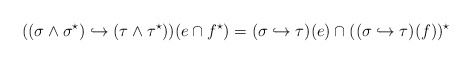
\begin{align*}((\sigma\land\sigma^\star)\hookrightarrow(\tau\land\tau^\star))(e\cap f^\star)=(\sigma\hookrightarrow\tau)(e)\cap ((\sigma\hookrightarrow\tau)(f))^\star\end{align*}